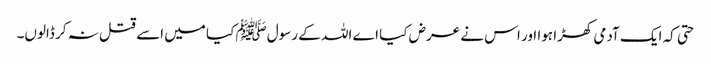
حتی کہ ایک آدمی کھڑا ہوا اور اس نے عرض کیا اے اللہ کے رسولﷺ کیا میں اسے قتل نہ کر ڈالوں۔